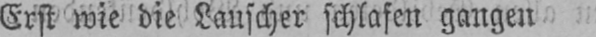
Erst wie die Lauscher schlafen gangen